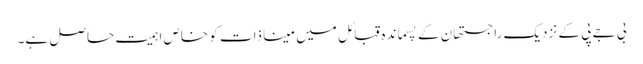
بی جے پی کے نزدیک راجستھان کے پسماندہ قبائل میں مینا ذات کو خاص اہمیت حاصل ہے۔